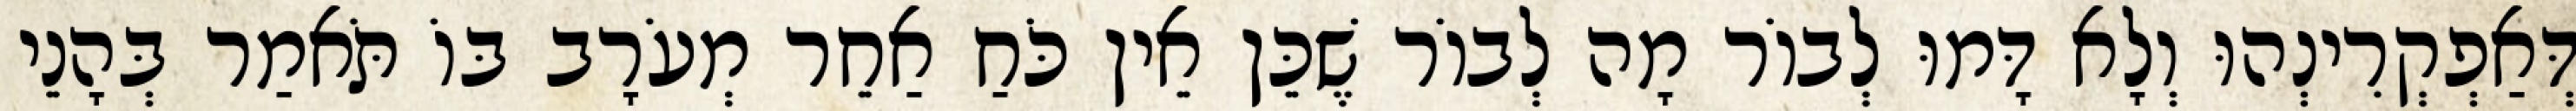
דְּאַפְקְרִינְהוּ וְלָא דָּמוּ לְבוֹר מָה לְבוֹר שֶׁכֵּן אֵין כֹּחַ אַחֵר מְעֹרָב בּוֹ תֹּאמַר בְּהָנֵי